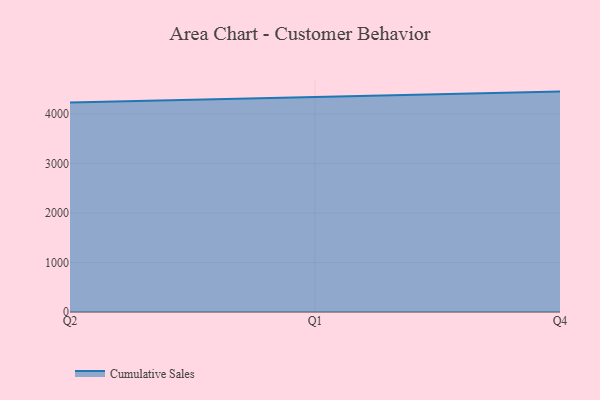
{"axis": {"x": "Quarter", "y": "Backlog"}, "legend": ["Cumulative Sales"], "data": [{"x": "Q2", "y": 4230.1, "type": "Cumulative Sales"}, {"x": "Q1", "y": 4339.5, "type": "Cumulative Sales"}, {"x": "Q4", "y": 4452.1, "type": "Cumulative Sales"}]}